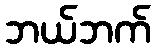
ဘယ်ဘက်